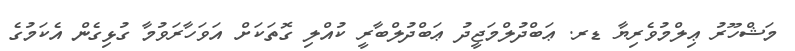
މަޝްހޫރު ޢިލްމުވެރިޔާ ޑރ. ޢަބްދުލްމަޖީދު ޢަބްދުލްބާރީ ކުއްލި ގޮތަކަށް އަވަހާރަވުމާ ގުޅިގެން އެކަމުގެ